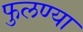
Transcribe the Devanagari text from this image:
फुलण्या